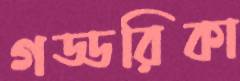
গড্ডরিকা